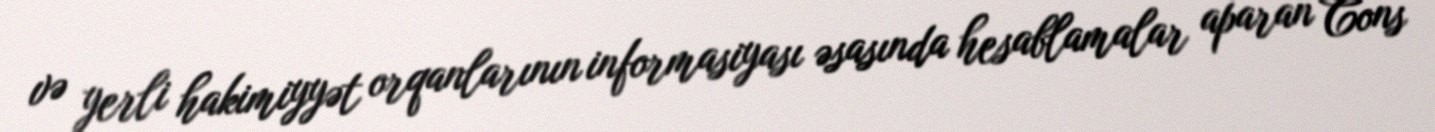
və yerli hakimiyyət orqanlarının informasiyası əsasında hesablamalar aparan Cons